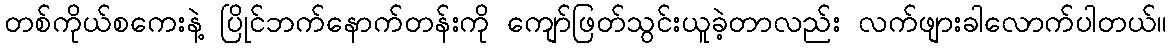
တစ်ကိုယ်စကေးနဲ့ ပြိုင်ဘက်နောက်တန်းကို ကျော်ဖြတ်သွင်းယူခဲ့တာလည်း လက်ဖျားခါလောက်ပါတယ်။